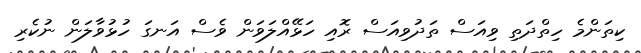
ކިތަންމެ ހިތްދަތި ވިއަސް ތަދުވިއަސް ރޮއި ހަޅޭއްލަވަން ވެސް އަނގަ ހުޅުވާލަން ނުކެރި